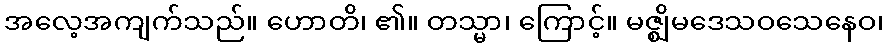
အလေ့အကျက်သည်။ ဟောတိ၊ ၏။ တသ္မာ၊ ကြောင့်။ မဇ္ဈိမဒေသဝသေနေဝ၊